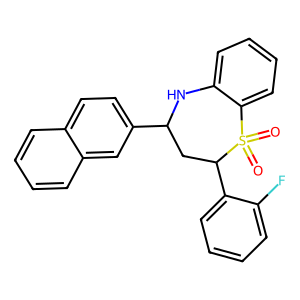
SMILES: O=S1(=O)c2ccccc2NC(c2ccc3ccccc3c2)CC1c1ccccc1F
Inhibits HIV replication: No